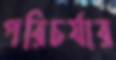
পরিচর্যার